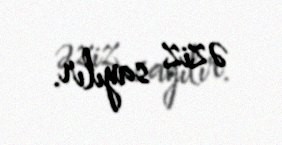
əziz sayılır.